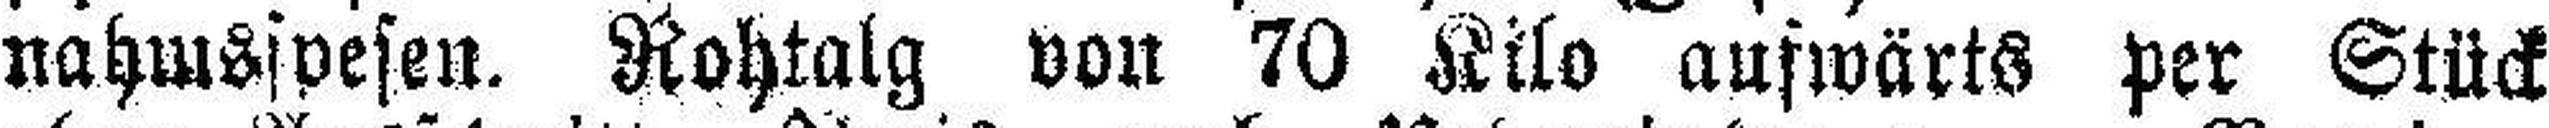
nahmsspesen. Rohtalg von 70 Kilo aufwärts per Stück